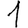
Digit: 1